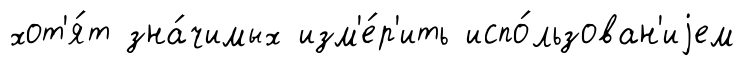
хот'я́т зна́чимых изм'е́р'ить испо́льзован'иjем